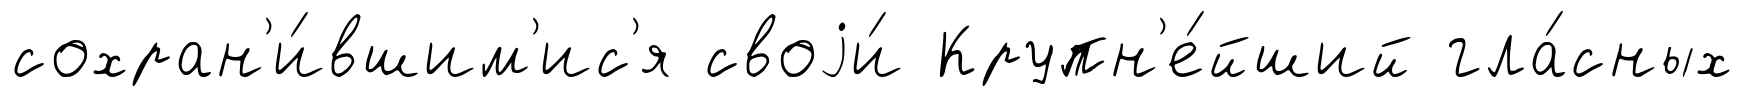
сохран'и́вшим'ис'я своjи́ Крупн'е́йший гла́сных